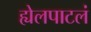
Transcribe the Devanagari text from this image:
ह्येलपाटलं